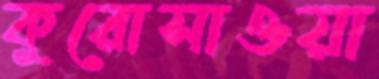
কুরোসাওয়া